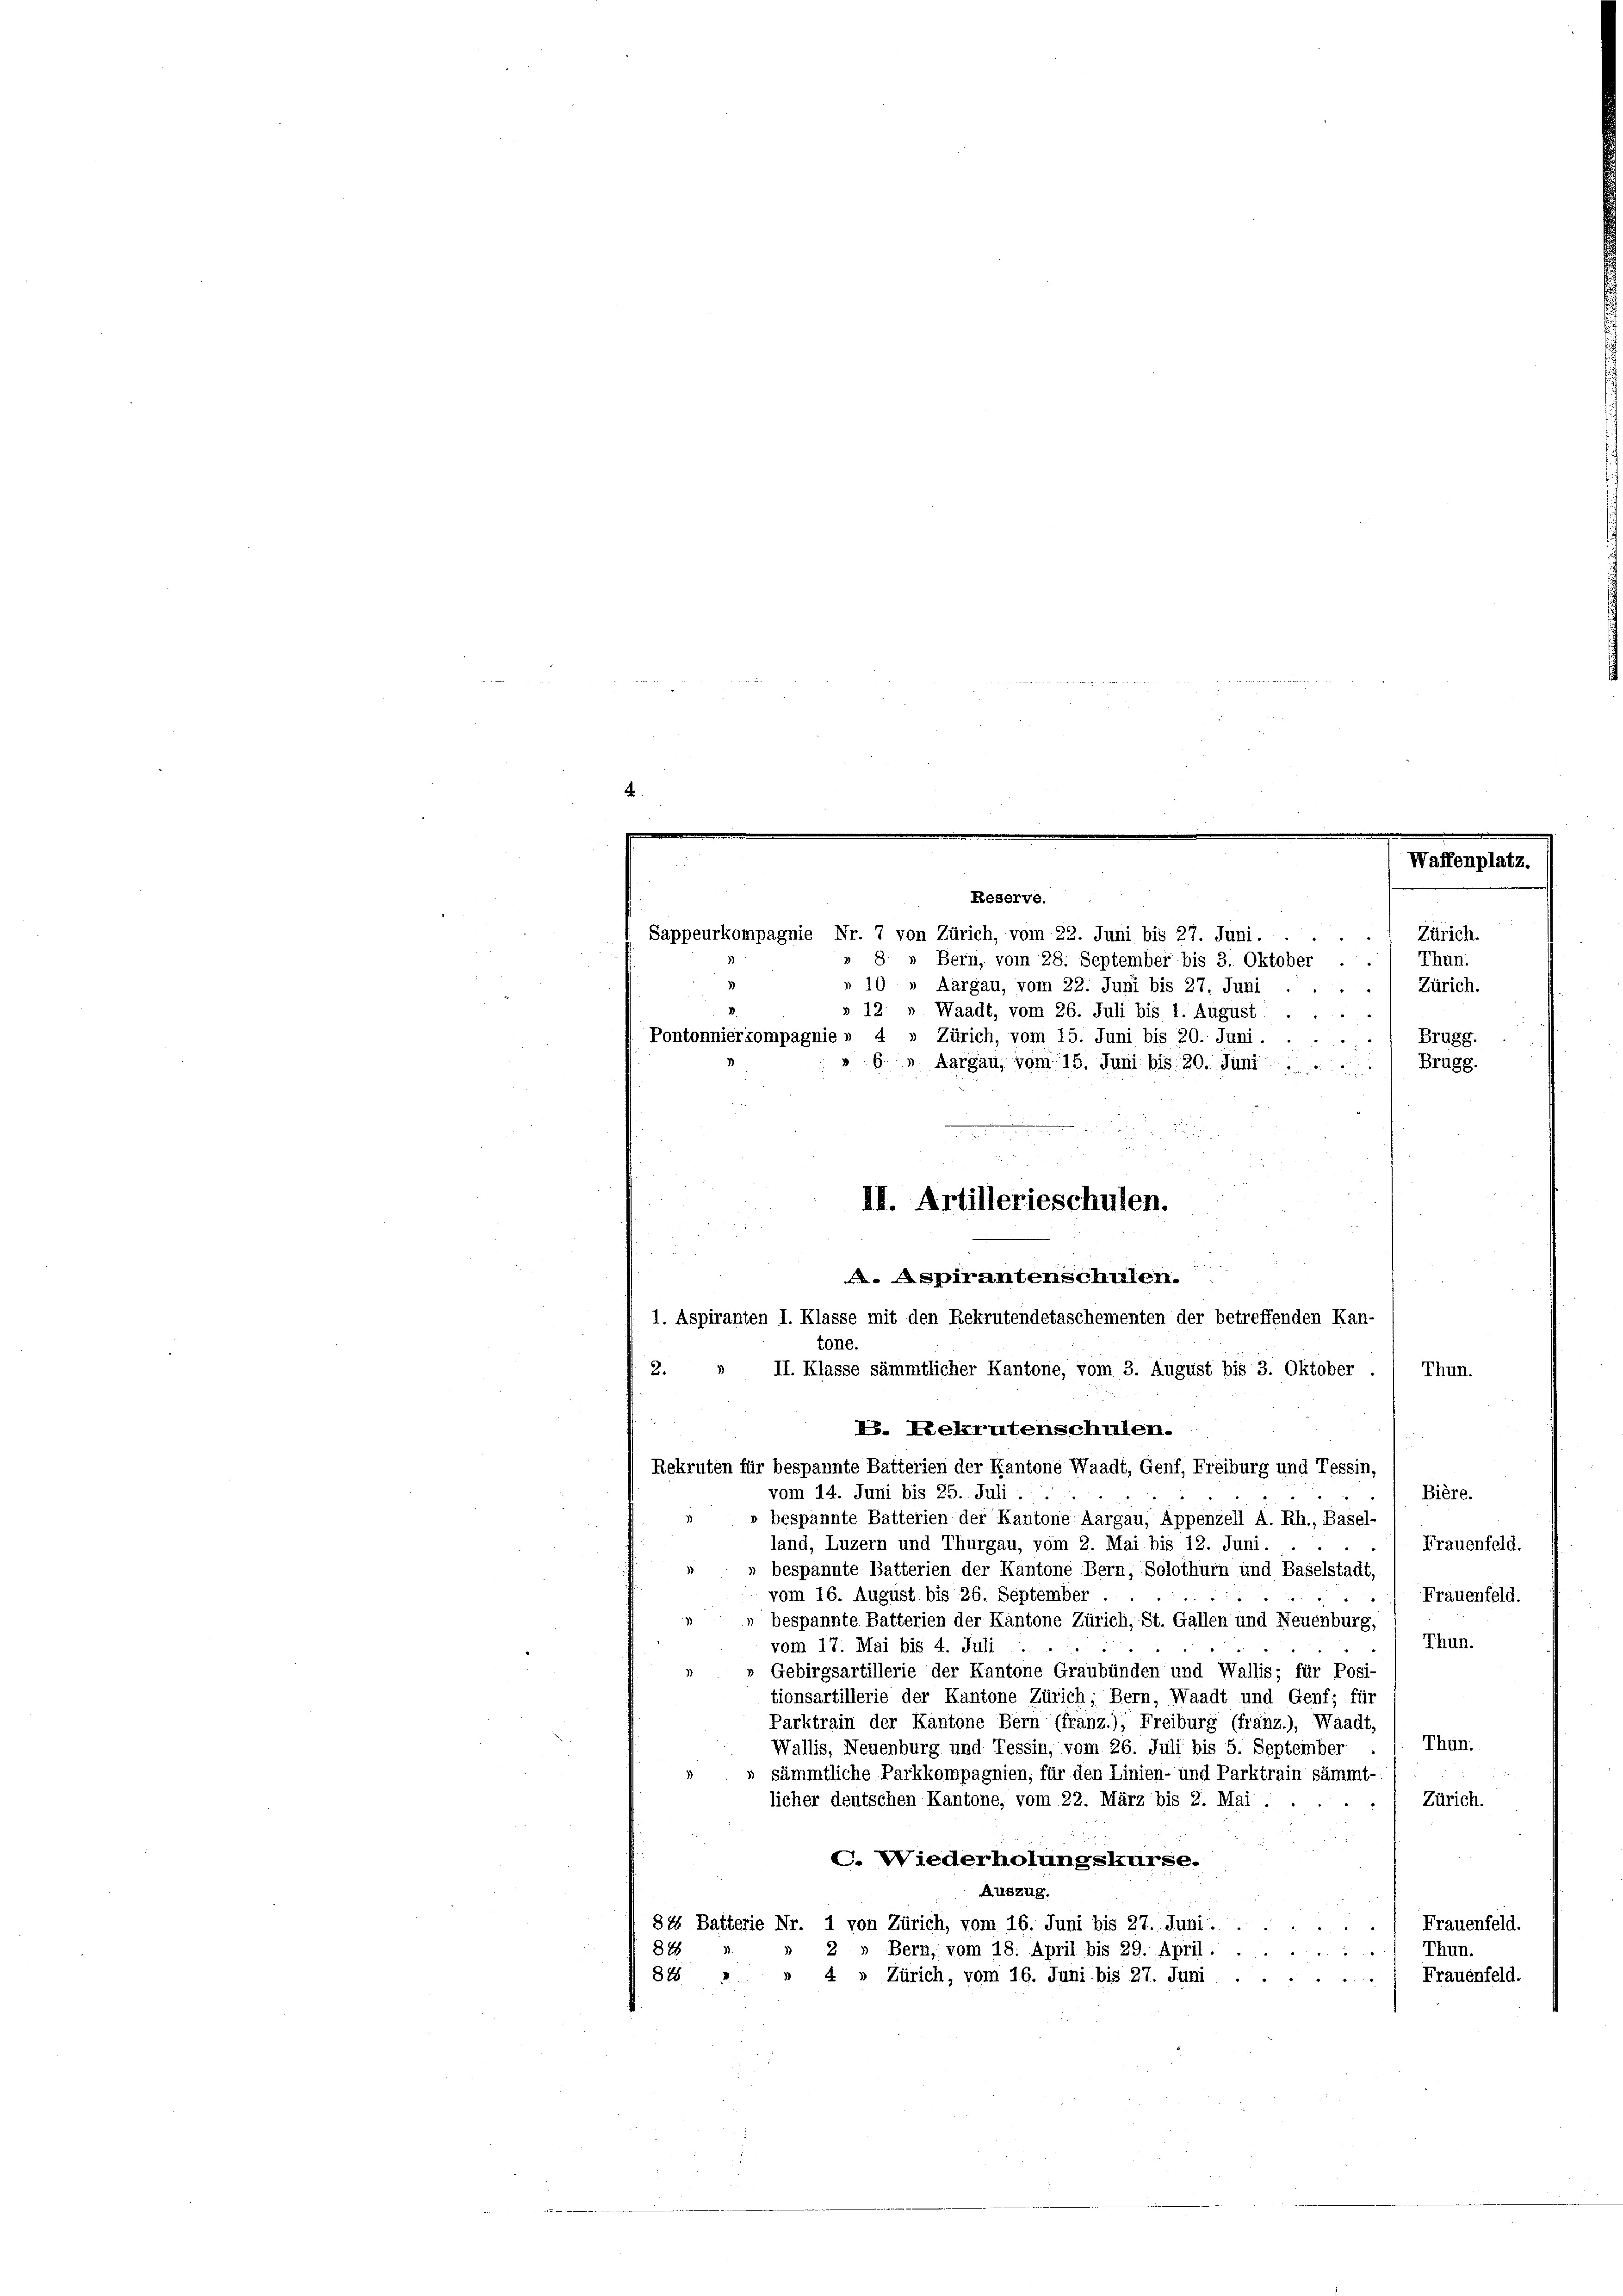
Waffenplatz.
Zürich.
Thun.
» 8 » Bern, vom 28. September bis 3. Oktober ..
» 10 » Aargau, vom 22. Juni bis 27. Juni
Zürich.
12 " Waadt, vom 26. Juli bis 1. August
.
Pontonnierkompagnie » 4 » Zürich, vom 15. Juni bis 20. Juni.
Brugg.
Brugg.
6 » Aargau, vom 15. Juni bis 20. Juni

. Aspirantenschulen.
1. Aspiranten I. Klasse mit den Rekrutendetaschementen der betreffenden Kan-
tone.

Reserve.

Sappeurkompagnie Nr. 7 von Zürich, vom 22. Juni bis 27. Juni.

II. Artillerieschulen.

II. Klasse sämmtlicher Kantone, vom 3. August bis 3. Oktober.
2.
Thun.
V. Rekrutenschulen.
Rekruten für bespannte Batterien der Kantone Waadt, Genf, Freiburg und Tessin,
Bière.
vom 14. Juni bis 25. Juli . .
o bespannte Batterien der Kantone Aargau, Appenzell A. Rh., Basel-
land, Luzern und Thurgau, vom 2. Mai bis 12. Juni.
Frauenfeld.
bespannte Batterien der Kantone Bern, Solothurn und Baselstadt,
vom 16. August bis 26. September
Frauenfeld.
bespannte Batterien der Kantone Zürich, St. Gallen und Neuchburg,
Thun.
vom 17. Mai bis 4. Juli
Gebirgsartillerie der Kantone Graubünden und Wallis; für Posi-
tionsartillerie der Kantone Zürich; Bern, Waadt und Genf; für
Parktrain der Kantone Bern (franz.), Freiburg (franz.), Waadt,
Thun.
Wallis, Neuenburg und Tessin, vom 26. Juli bis 5. September
» sämmtliche Parkkompagnien, für den Linien- und Parktrain sämmt-
Zürich.
licher deutschen Kantone, vom 22. März bis 2. Mai.
C. Wiederholungskurse.
Auszug.
84 Batterie Nr. 1 von Zürich, vom 16. Juni bis 27. Juni.
Frauenfeld.
Thun.
2 » Bern, vom 18. April bis 29. April.
828
84 " " 4 » Zürich, vom 16. Juni bis 27. Juni
Frauenfeld.